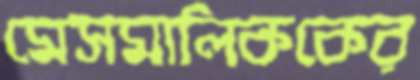
মেসমালিককের